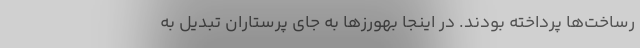
رساخت‌ها پرداخته بودند. در اینجا بهورزها به جای پرستاران تبدیل به